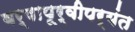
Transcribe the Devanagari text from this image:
वर्षापूर्वीपर्यंत